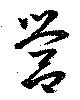
営